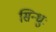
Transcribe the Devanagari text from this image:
सिन्धुः